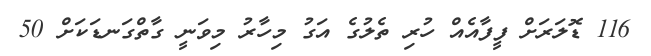
116 ޑޮލަރަށް ފީފާއެއް ހުރި ތެލުގެ އަގު މިހާރު މިވަނީ ގާތްގަނޑަކަށް 50